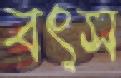
বৎস